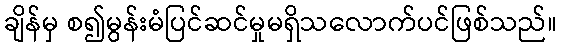
ချိန်မှ စ၍မွန်းမံပြင်ဆင်မှုမရှိသလောက်ပင်ဖြစ်သည်။